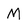
Character: M